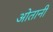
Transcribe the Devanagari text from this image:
ओतानी